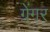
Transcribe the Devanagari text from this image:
ग्रेंगर